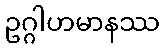
ဥဂ္ဂါဟမာနဿ